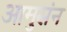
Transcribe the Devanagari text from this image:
आमुसंन